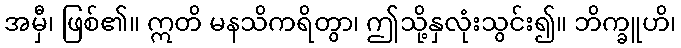
အမှီ၊ ဖြစ်၏။ ဣတိ မနသိကရိတွာ၊ ဤသို့နှလုံးသွင်း၍။ ဘိက္ခူဟိ၊